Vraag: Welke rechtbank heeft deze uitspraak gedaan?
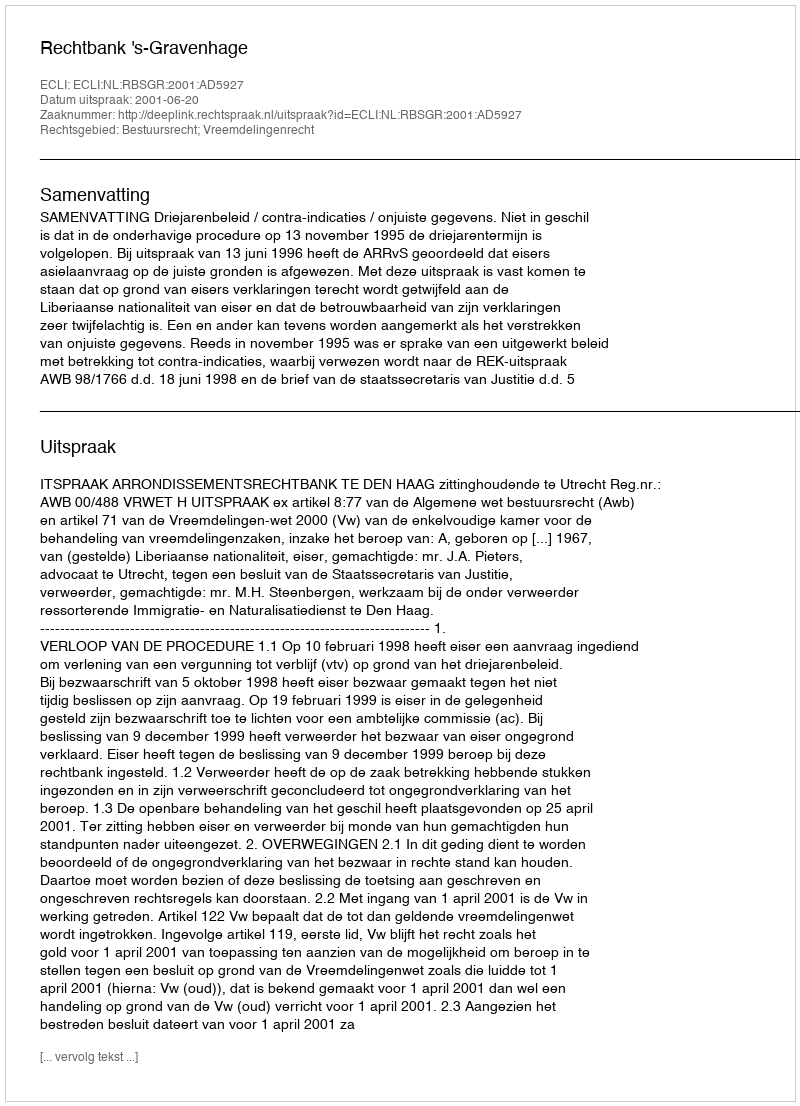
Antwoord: Rechtbank 's-Gravenhage